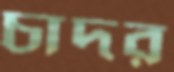
চাদর